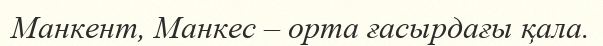
Манкент, Манкес – орта ғасырдағы қала.